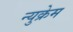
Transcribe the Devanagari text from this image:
न्युक्रेम